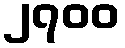
၂၇၀၀